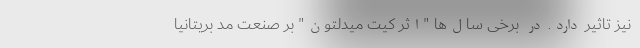
نیز تاثیر دارد. در برخی سال‌ها "اثر کیت میدلتون" بر صنعت مد بریتانیا